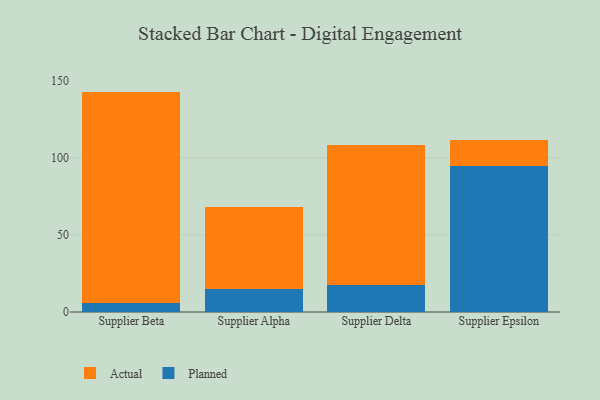
{"axis": {"x": "Supplier", "y": "Population (Million)"}, "legend": ["Actual", "Planned"], "data": [{"x": "Supplier Beta", "y": 5.9, "type": "Planned"}, {"x": "Supplier Beta", "y": 136.9, "type": "Actual"}, {"x": "Supplier Alpha", "y": 14.8, "type": "Planned"}, {"x": "Supplier Alpha", "y": 53.3, "type": "Actual"}, {"x": "Supplier Delta", "y": 17.4, "type": "Planned"}, {"x": "Supplier Delta", "y": 90.8, "type": "Actual"}, {"x": "Supplier Epsilon", "y": 94.4, "type": "Planned"}, {"x": "Supplier Epsilon", "y": 17.0, "type": "Actual"}]}